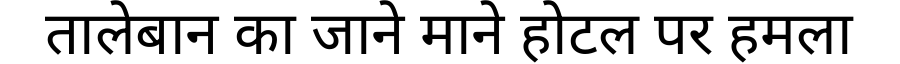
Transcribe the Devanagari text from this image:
तालेबान का जाने माने होटल पर हमला